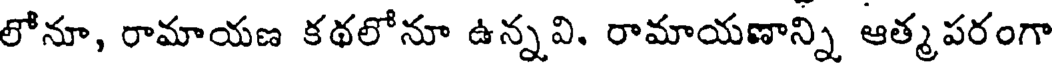
లోనూ, రామాయణ కథలోనూ ఉన్నవి. రామాయణాన్ని ఆత్మపరంగా